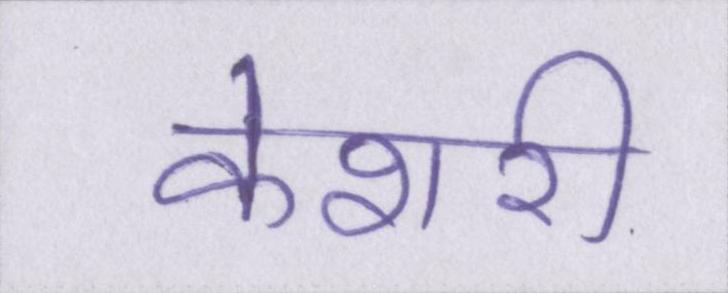
केशरी